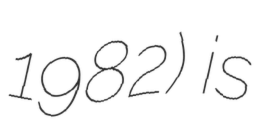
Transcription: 1982) is